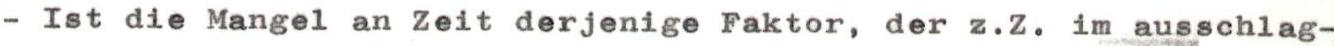
- Ist die Mangel an Zeit derjenige Faktor, der z.Z. im ausschlag-